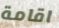
اقامة